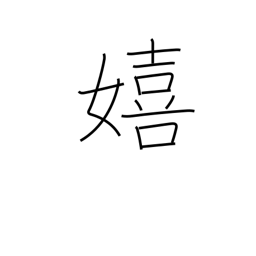
Meaning: glad